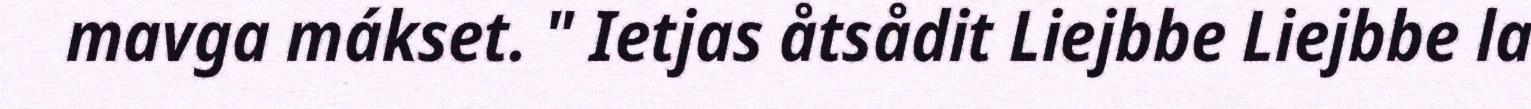
mavga mákset. " Ietjas åtsådit Liejbbe Liejbbe la